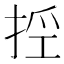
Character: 𢭊